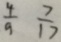
\frac { 4 } { 9 } \frac { 7 } { 1 7 }